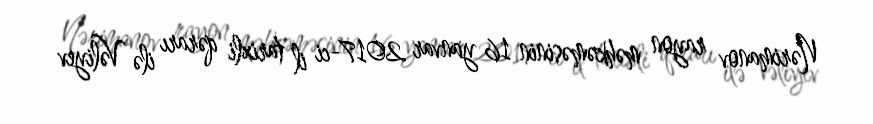
Nərimanov rayon məhkəməsinin 16 yanvar 2017-ci il tarixli qərarı ilə Vəliyev